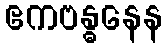
ဧကဗန္ဓနေန